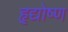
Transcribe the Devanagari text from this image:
हृद्योष्ण